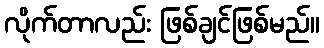
လိုက်တာလည်း ဖြစ်ချင်ဖြစ်မည်။